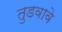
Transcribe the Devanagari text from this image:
तुडवावे